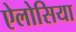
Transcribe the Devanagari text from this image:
ऐलोसिया